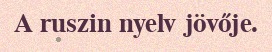
A ruszin nyelv jövője.